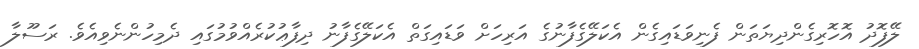
ލޭފޮދު އޮހޮރިގެންދިޔަތަން ފެނިވަޑައިގެން އެކަލޭގެފާނުގެ އަރިހަށް ވަޑައިގަތް އެކަލޭގެފާނު ދިފާޢުކުރެއްވުމުގައި ދެމިހުންނެވިއެވެ. ރަސޫލާ